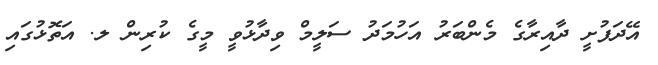
އޭދަފުށީ ދާއިރާގެ މެންބަރު އަހުމަދު ސަލީމް ވިދާޅުވީ މީގެ ކުރިން ލ. އަތޮޅުގައި